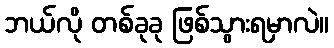
ဘယ်လို တစ်ခုခု ဖြစ်သွားရမှာလဲ။